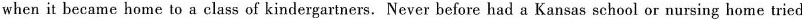
when it became home to a class of kindergartners. Never before had a Kansas school or nursing home tried